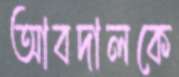
আবদালকে